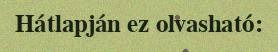
Hátlapján ez olvasható: